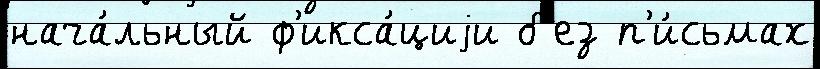
нача́льный ф'икса́циjи б'ез п'и́сьмах